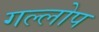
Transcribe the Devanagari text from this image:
गल्लोप